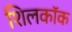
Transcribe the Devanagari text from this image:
शिलकॉक